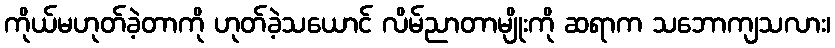
ကိုယ်မဟုတ်ခဲ့တာကို ဟုတ်ခဲ့သယောင် လိမ်ညာတာမျိုးကို ဆရာက သဘောကျသလား၊